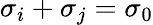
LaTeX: \sigma_{i}+\sigma_{j}=\sigma_{0}